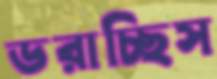
ডরাচ্ছিস